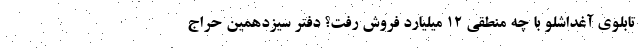
تابلوی آغداشلو با چه منطقی ۱۲ میلیارد فروش رفت؟ دفتر سیزدهمین حراج